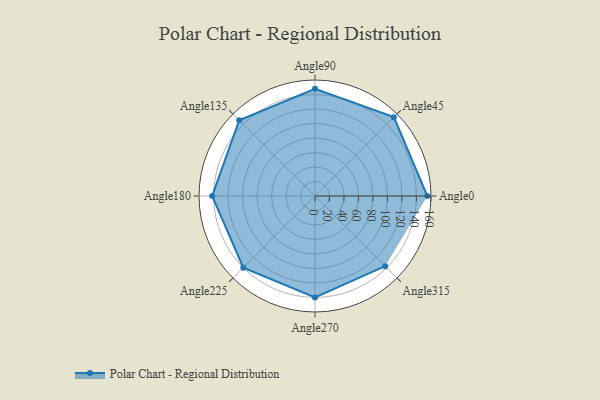
{"axis": {"x": "Angle", "y": "Radius"}, "legend": [""], "data": [{"x": "Angle0", "y": 155.0, "type": ""}, {"x": "Angle45", "y": 154.0, "type": ""}, {"x": "Angle90", "y": 148.0, "type": ""}, {"x": "Angle135", "y": 148.0, "type": ""}, {"x": "Angle180", "y": 142.0, "type": ""}, {"x": "Angle225", "y": 140.0, "type": ""}, {"x": "Angle270", "y": 140.0, "type": ""}, {"x": "Angle315", "y": 137.0, "type": ""}]}